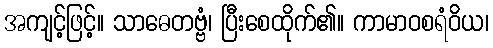
အကျင့်ဖြင့်။ သာဓေတဗ္ဗံ၊ ပြီးစေထိုက်၏။ ကာမာဝစရံဝိယ၊